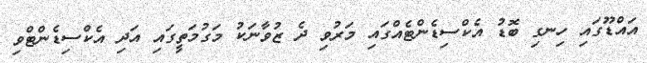
އައްޑޫގައި ހިނގި ބޮޑު އެކްސިޑެންޓެއްގައި މަރުވި ދެ ޒުވާނަކު މަގުމަތީގައި އަދި އެކްސިޑެންޓްވި